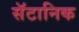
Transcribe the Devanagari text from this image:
सॅटानिक